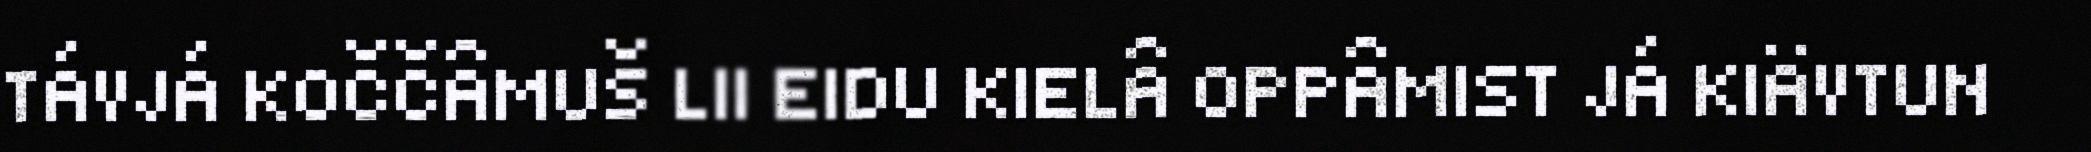
TÁVJÁ KOČČÂMUŠ LII EIDU KIELÂ OPPÂMIST JÁ KIÄVTUN